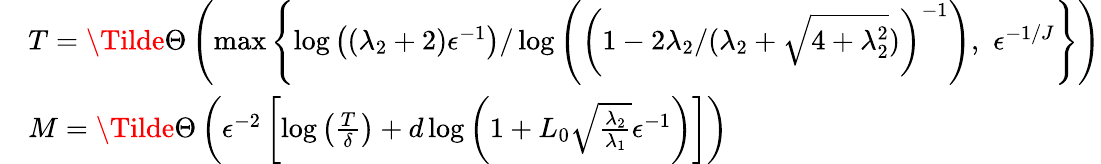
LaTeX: \begin{array}{rl}&{T=\Tilde{\Theta}\left(\operatorname*{max}\left\{ \log\left((\lambda_{2}+2)\epsilon^{-1}\right)/\log\left(\left(1-2\lambda_{2}/(\lambda_{2}+\sqrt{4+\lambda_{2}^{2}})\right)^{-1}\right),\, \, \epsilon^{-1/J}\right\} \right)}\\ &{M=\Tilde{\Theta}\left(\epsilon^{-2}\left[\log\left(\frac{T}{{\delta}}\right)+d\log\left(1+L_{0}\sqrt{\frac{\lambda_{2}}{\lambda_{1}}}\epsilon^{-1}\right)\right]\right)}\end{array}